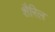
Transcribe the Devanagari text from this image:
शैरिल